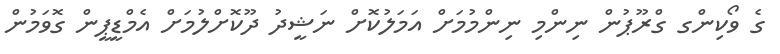
ގެ ވޯކިންގ ގްރޫޕުން ނިންމި ނިންމުމަށް އަމަލުކޮށް ނަޝީދު ދޫކޮށްލުމަށް އެމްޑީޕީން ގޮވަމުން